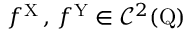
f ^ { \mathrm { X } } \, , \, f ^ { \mathrm { Y } } \in \mathcal { C } ^ { 2 } ( \mathrm { Q } )